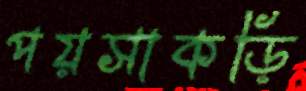
পয়সাকড়ি